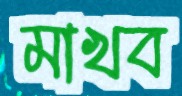
মাখব